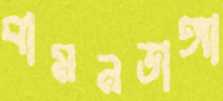
বামনডাঙ্গা